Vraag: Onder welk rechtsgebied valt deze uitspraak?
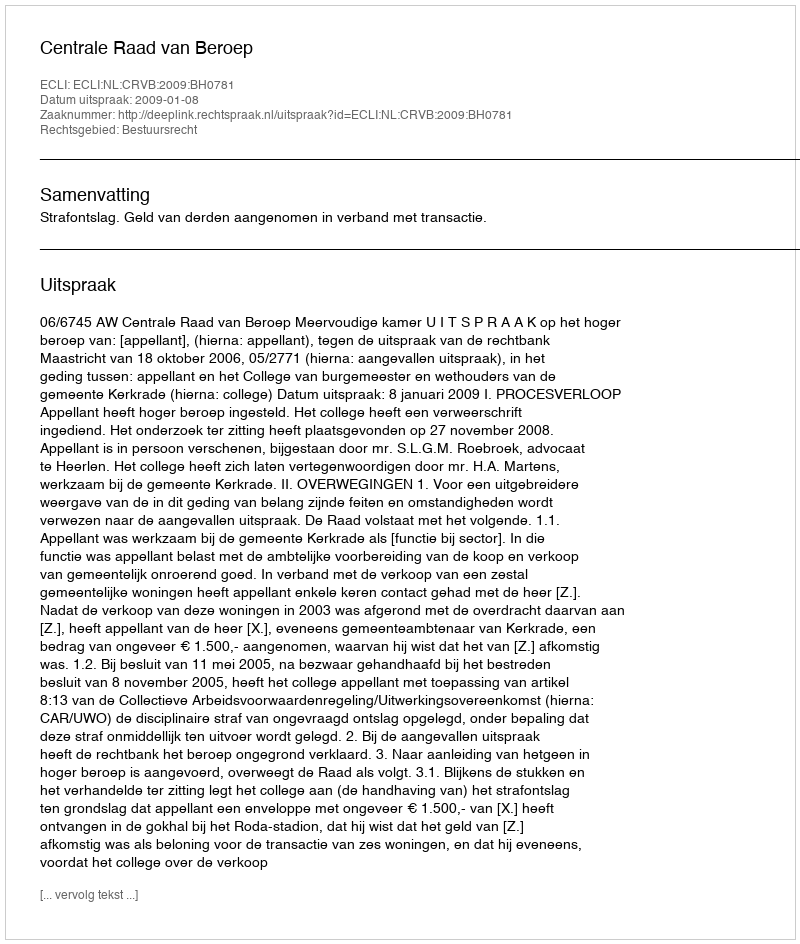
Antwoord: Bestuursrecht